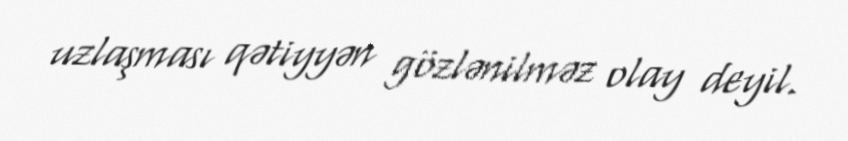
uzlaşması qətiyyən gözlənilməz olay deyil.